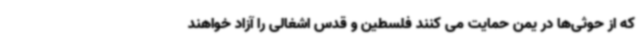
که از حوثی‌ها در یمن حمایت می کنند فلسطین و قدس اشغالی را آزاد خواهند